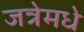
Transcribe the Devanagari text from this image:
जत्रेमधे